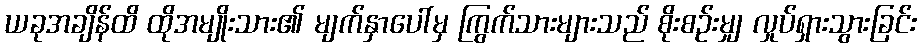
ယခုအချိန်ထိ ထိုအမျိုးသား၏ မျက်နှာပေါ်မှ ကြွက်သားများသည် စိုးစဉ်းမျှ လှုပ်ရှားသွားခြင်း